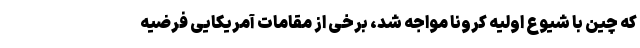
که چین با شیوع اولیه کرونا مواجه شد، برخی از مقامات آمریکایی فرضیه